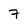
Character: 7